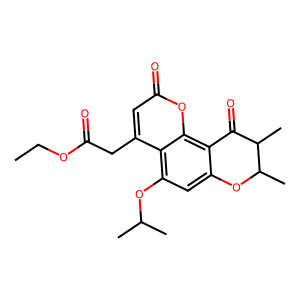
SMILES: CCOC(=O)Cc1cc(=O)oc2c3c(cc(OC(C)C)c12)OC(C)C(C)C3=O
Inhibits HIV replication: No